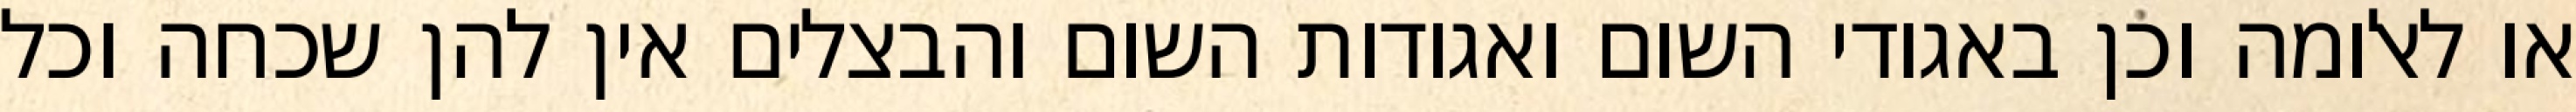
או לאלומה וכן באגודי השום ואגודות השום והבצלים אין להן שכחה וכל